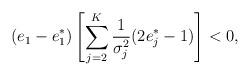
LaTeX: \begin{align*}(e_1-e_1^*)\left[\sum\limits_{j=2}^K\frac{1}{\sigma_j^2}(2e_j^*-1)\right]< 0,\end{align*}